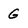
Character: G